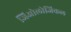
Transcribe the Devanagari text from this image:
जिओलोजिकल